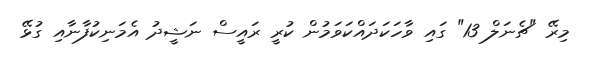
މިރޭ "ޗެނަލް 13" ގައި ވާހަކަދައްކަވަމުން ކުރީ ރައީސް ނަޝީދު އެމަނިކުފާނާއި ގުޅޭ